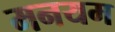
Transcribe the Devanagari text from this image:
मनयम